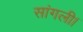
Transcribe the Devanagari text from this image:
सांगली।